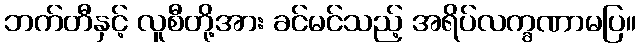
ဘက်တီနှင့် လူစီတို့အား ခင်မင်သည့် အရိပ်လက္ခဏာမပြ။